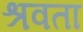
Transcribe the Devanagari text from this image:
श्रवता